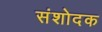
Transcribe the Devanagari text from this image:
संशोदक